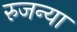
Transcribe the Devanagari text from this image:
रुजन्या